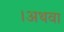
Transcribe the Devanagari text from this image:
।अथवा